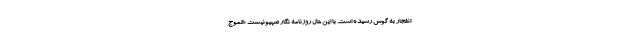
انفجار به گوش رسیده است. با این حال روزنامه نگار صهیونیست «الموج